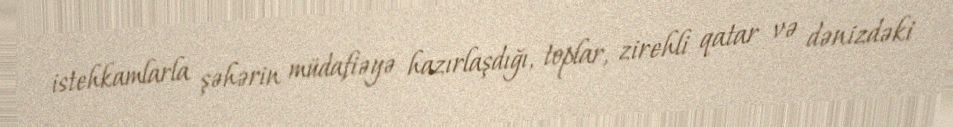
istehkamlarla şəhərin müdafiəyə hazırlaşdığı, toplar, zirehli qatar və dənizdəki